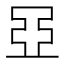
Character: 𬻞